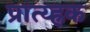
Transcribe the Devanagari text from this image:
प्रात्य्ह्रक